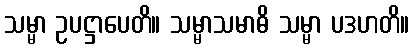
သမ္မာ ဥပဋ္ဌာပေတိ။ သမ္မာသမာဓိ သမ္မာ ပဒဟတိ။